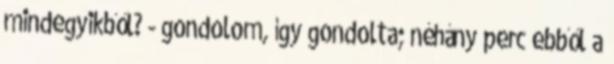
mindegyikből? - gondolom, így gondolta; néhány perc ebből a